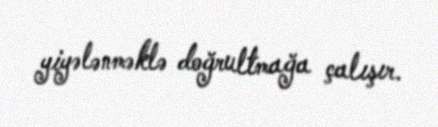
yiyələnməklə doğrultmağa çalışır.